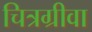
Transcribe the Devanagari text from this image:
चित्रग्रीवा